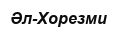
Әл-Хорезми